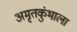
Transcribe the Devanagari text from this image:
अमृतकुंभाला